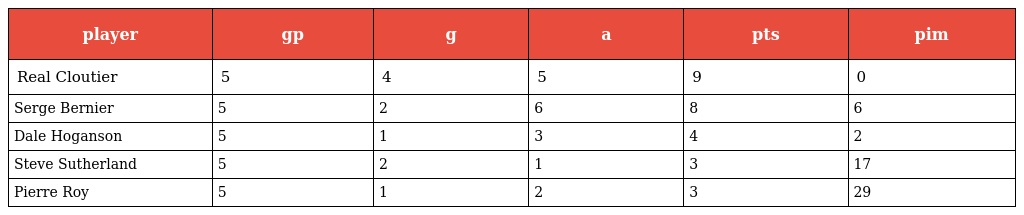
| player | gp | g | a | pts | pim |
 | --- | --- | --- | --- | --- | --- |
 | Real Cloutier | 5 | 4 | 5 | 9 | 0 |
 | Serge Bernier | 5 | 2 | 6 | 8 | 6 |
 | Dale Hoganson | 5 | 1 | 3 | 4 | 2 |
 | Steve Sutherland | 5 | 2 | 1 | 3 | 17 |
 | Pierre Roy | 5 | 1 | 2 | 3 | 29 |